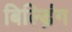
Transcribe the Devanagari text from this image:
बिल्ड़िंग